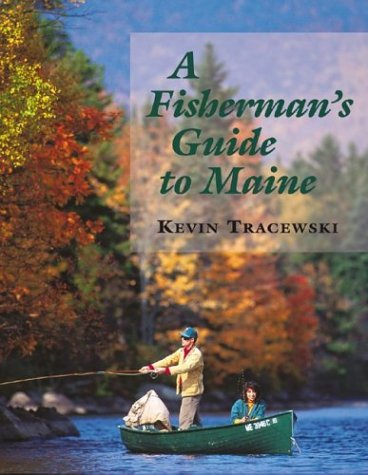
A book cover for A Fisherman's Guide to Maine; Kevin Tracewski; Travel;